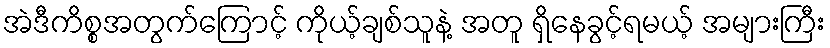
အဲဒီကိစ္စအတွက်ကြောင့် ကိုယ့်ချစ်သူနဲ့ အတူ ရှိနေခွင့်ရမယ့် အများကြီး